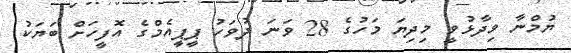
ޔުމްނާ ވިދާޅުވީ މިދިޔަ މަހުގެ 28 ވަނަ ދުވަހު ޕީޕީއެމްގެ އޮފީހަށް ބަޔަކު